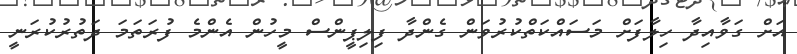
އަށް ގަވާއިދާ ހިލާފަށް މަސައްކަތްކުރުވަން ގެންދާ ފިލިޕީންސް މީހުން އެންމެ ފުރަތަމަ ދަތުރުކުރަނީ